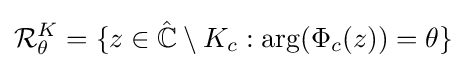
{\mathcal {R}}_{\theta }^{K}=\{z\in {\hat {\mathbb {C} }}\setminus K_{c}:\arg(\Phi _{c}(z))=\theta \}